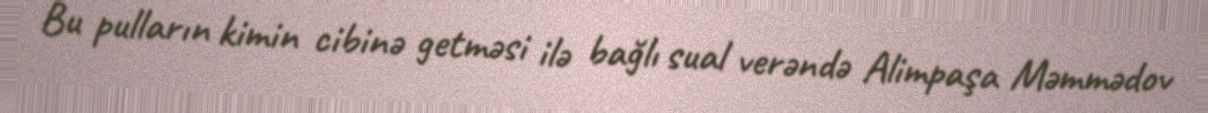
Bu pulların kimin cibinə getməsi ilə bağlı sual verəndə Alimpaşa Məmmədov